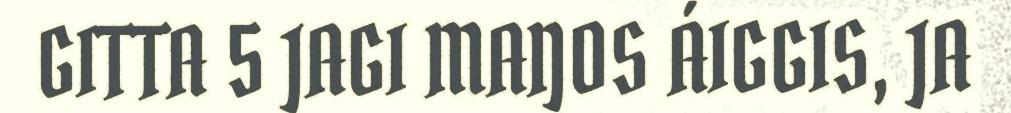
GITTA 5 JAGI MAŊOS ÁIGGIS, JA